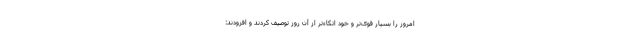
امروز را بسیار قوی‌تر و خود اتکاءتر از آن روز توصیف کردند و افزودند: